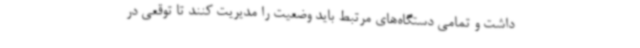
داشت و تمامی دستگاه‌های مرتبط باید وضعیت را مدیریت کنند تا توقعی در